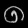
Digit: ၈